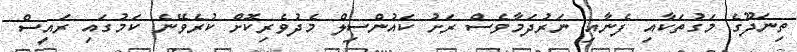
ތިނަދޫގެ މަގުތަކާއި ފެނާއި ނަރުދަމާވެސް ރަށު ކައުންސިލް މެދުވެރިކޮށް ކުރެވޭނެ ކަމުގައި ރައީސް